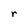
Character: r